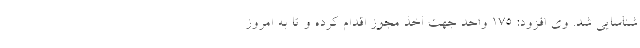
شناسایی شد. وی افزود: ۱۷۵ واحد جهت اخذ مجوز اقدام کرده و تا به امروز